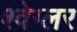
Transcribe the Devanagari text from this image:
श्वेग्लर